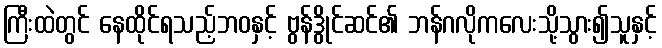
ကြီးထဲတွင် နေထိုင်ရသည့်ဘဝနှင့် ဗွန်ဒွိုင်ဆင်၏ ဘန်ဂလိုကလေးသို့သွား၍သူနှင့်